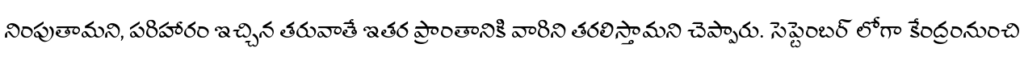
నింపుతామని, పరిహారం ఇచ్చిన తరువాతే ఇతర ప్రాంతానికి వారిని తరలిస్తామని చెప్పారు. సెప్టెంబర్ లోగా కేంద్రంనుంచి